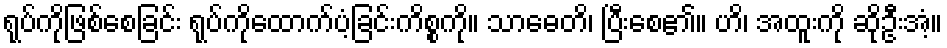
ရုပ်ကိုဖြစ်စေခြင်း ရုပ်ကိုထောက်ပံ့ခြင်းကိစ္စကို။ သာဓေတိ၊ ပြီးစေ၏။ ဟိ၊ အထူးကို ဆိုဦးအံ့။